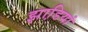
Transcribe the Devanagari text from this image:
झाडि़यां